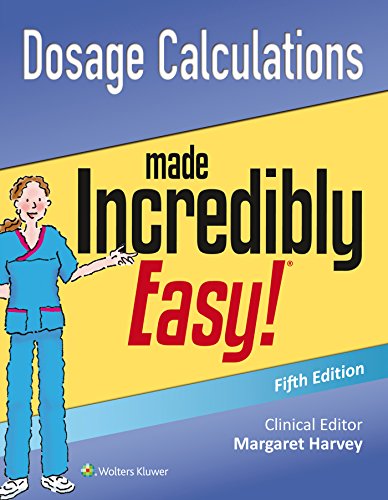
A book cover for Dosage Calculations Made Incredibly Easy (Incredibly Easy! SeriesÂ®); Lippincott Williams & Wilkins; Medical Books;